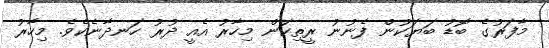
މާފަރުގެ ބޮޑު ބަޔަކުން ފެނުނު ރީތިކަން މިހާރު އެއީ ދުރު ހަނދާނެކެވެެ. މިހާރު